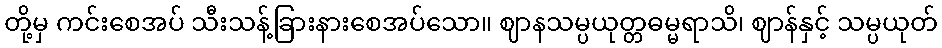
တို့မှ ကင်းစေအပ် သီးသန့်ခြားနားစေအပ်သော။ ဈာနသမ္ပယုတ္တဓမ္မရာသိ၊ ဈာန်နှင့် သမ္ပယုတ်